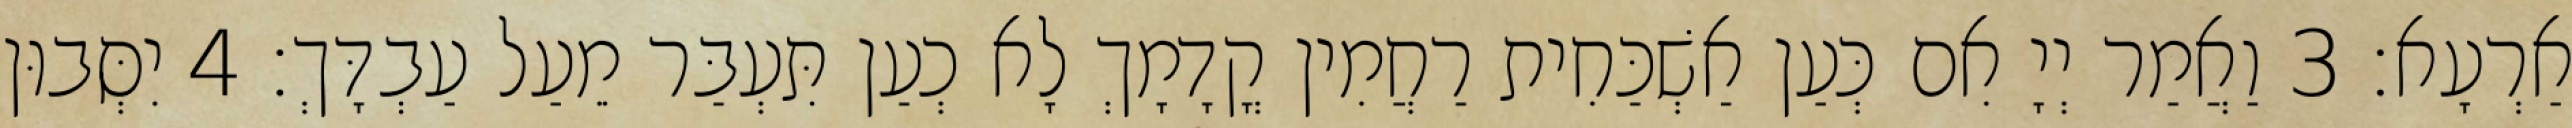
אַרְעָא׃ 3 וַאֲמַר יְיָ אִם כְּעַן אַשְׁכַּחִית רַחֲמִין קֳדָמָךְ לָא כְעַן תִּעְבַּר מֵעַל עַבְדָּךְ׃ 4 יִסְּבוּן